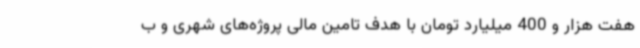
هفت هزار و 400 میلیارد تومان با هدف تامین مالی پروژه‌های شهری و ب